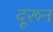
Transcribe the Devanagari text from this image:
दूरून